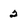
Character: 2